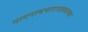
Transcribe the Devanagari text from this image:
नागनाथपाराजवळच्या